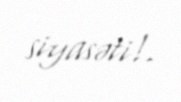
siyasəti!.